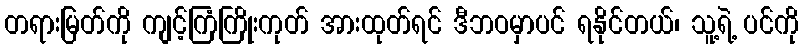
တရားမြတ်ကို ကျင့်ကြံကြိုးကုတ် အားထုတ်ရင် ဒီဘဝမှာပင် ရနိုင်တယ်၊ သူ့ရဲ့ ပင်ကို